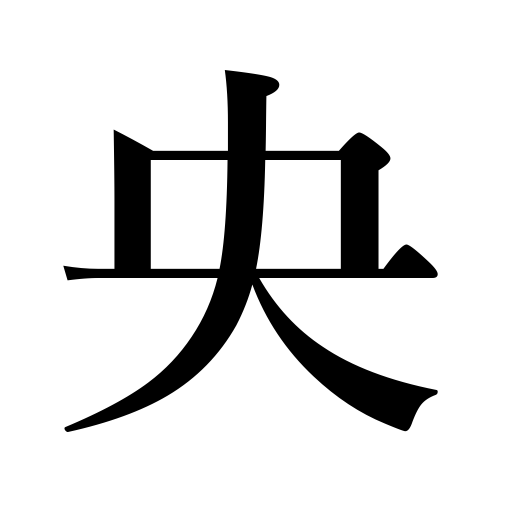
Meanings: middle